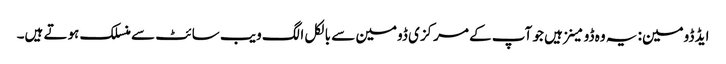
ایڈ ڈومین: یہ وہ ڈومینز ہیں جو آپ کے مرکزی ڈومین سے بالکل الگ ویب سائٹ سے منسلک ہوتے ہیں۔